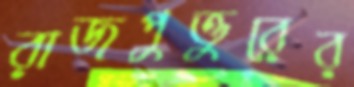
রাজপুত্তুরের